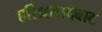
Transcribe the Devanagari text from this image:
हरिप्रसादबाट